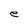
Character: e